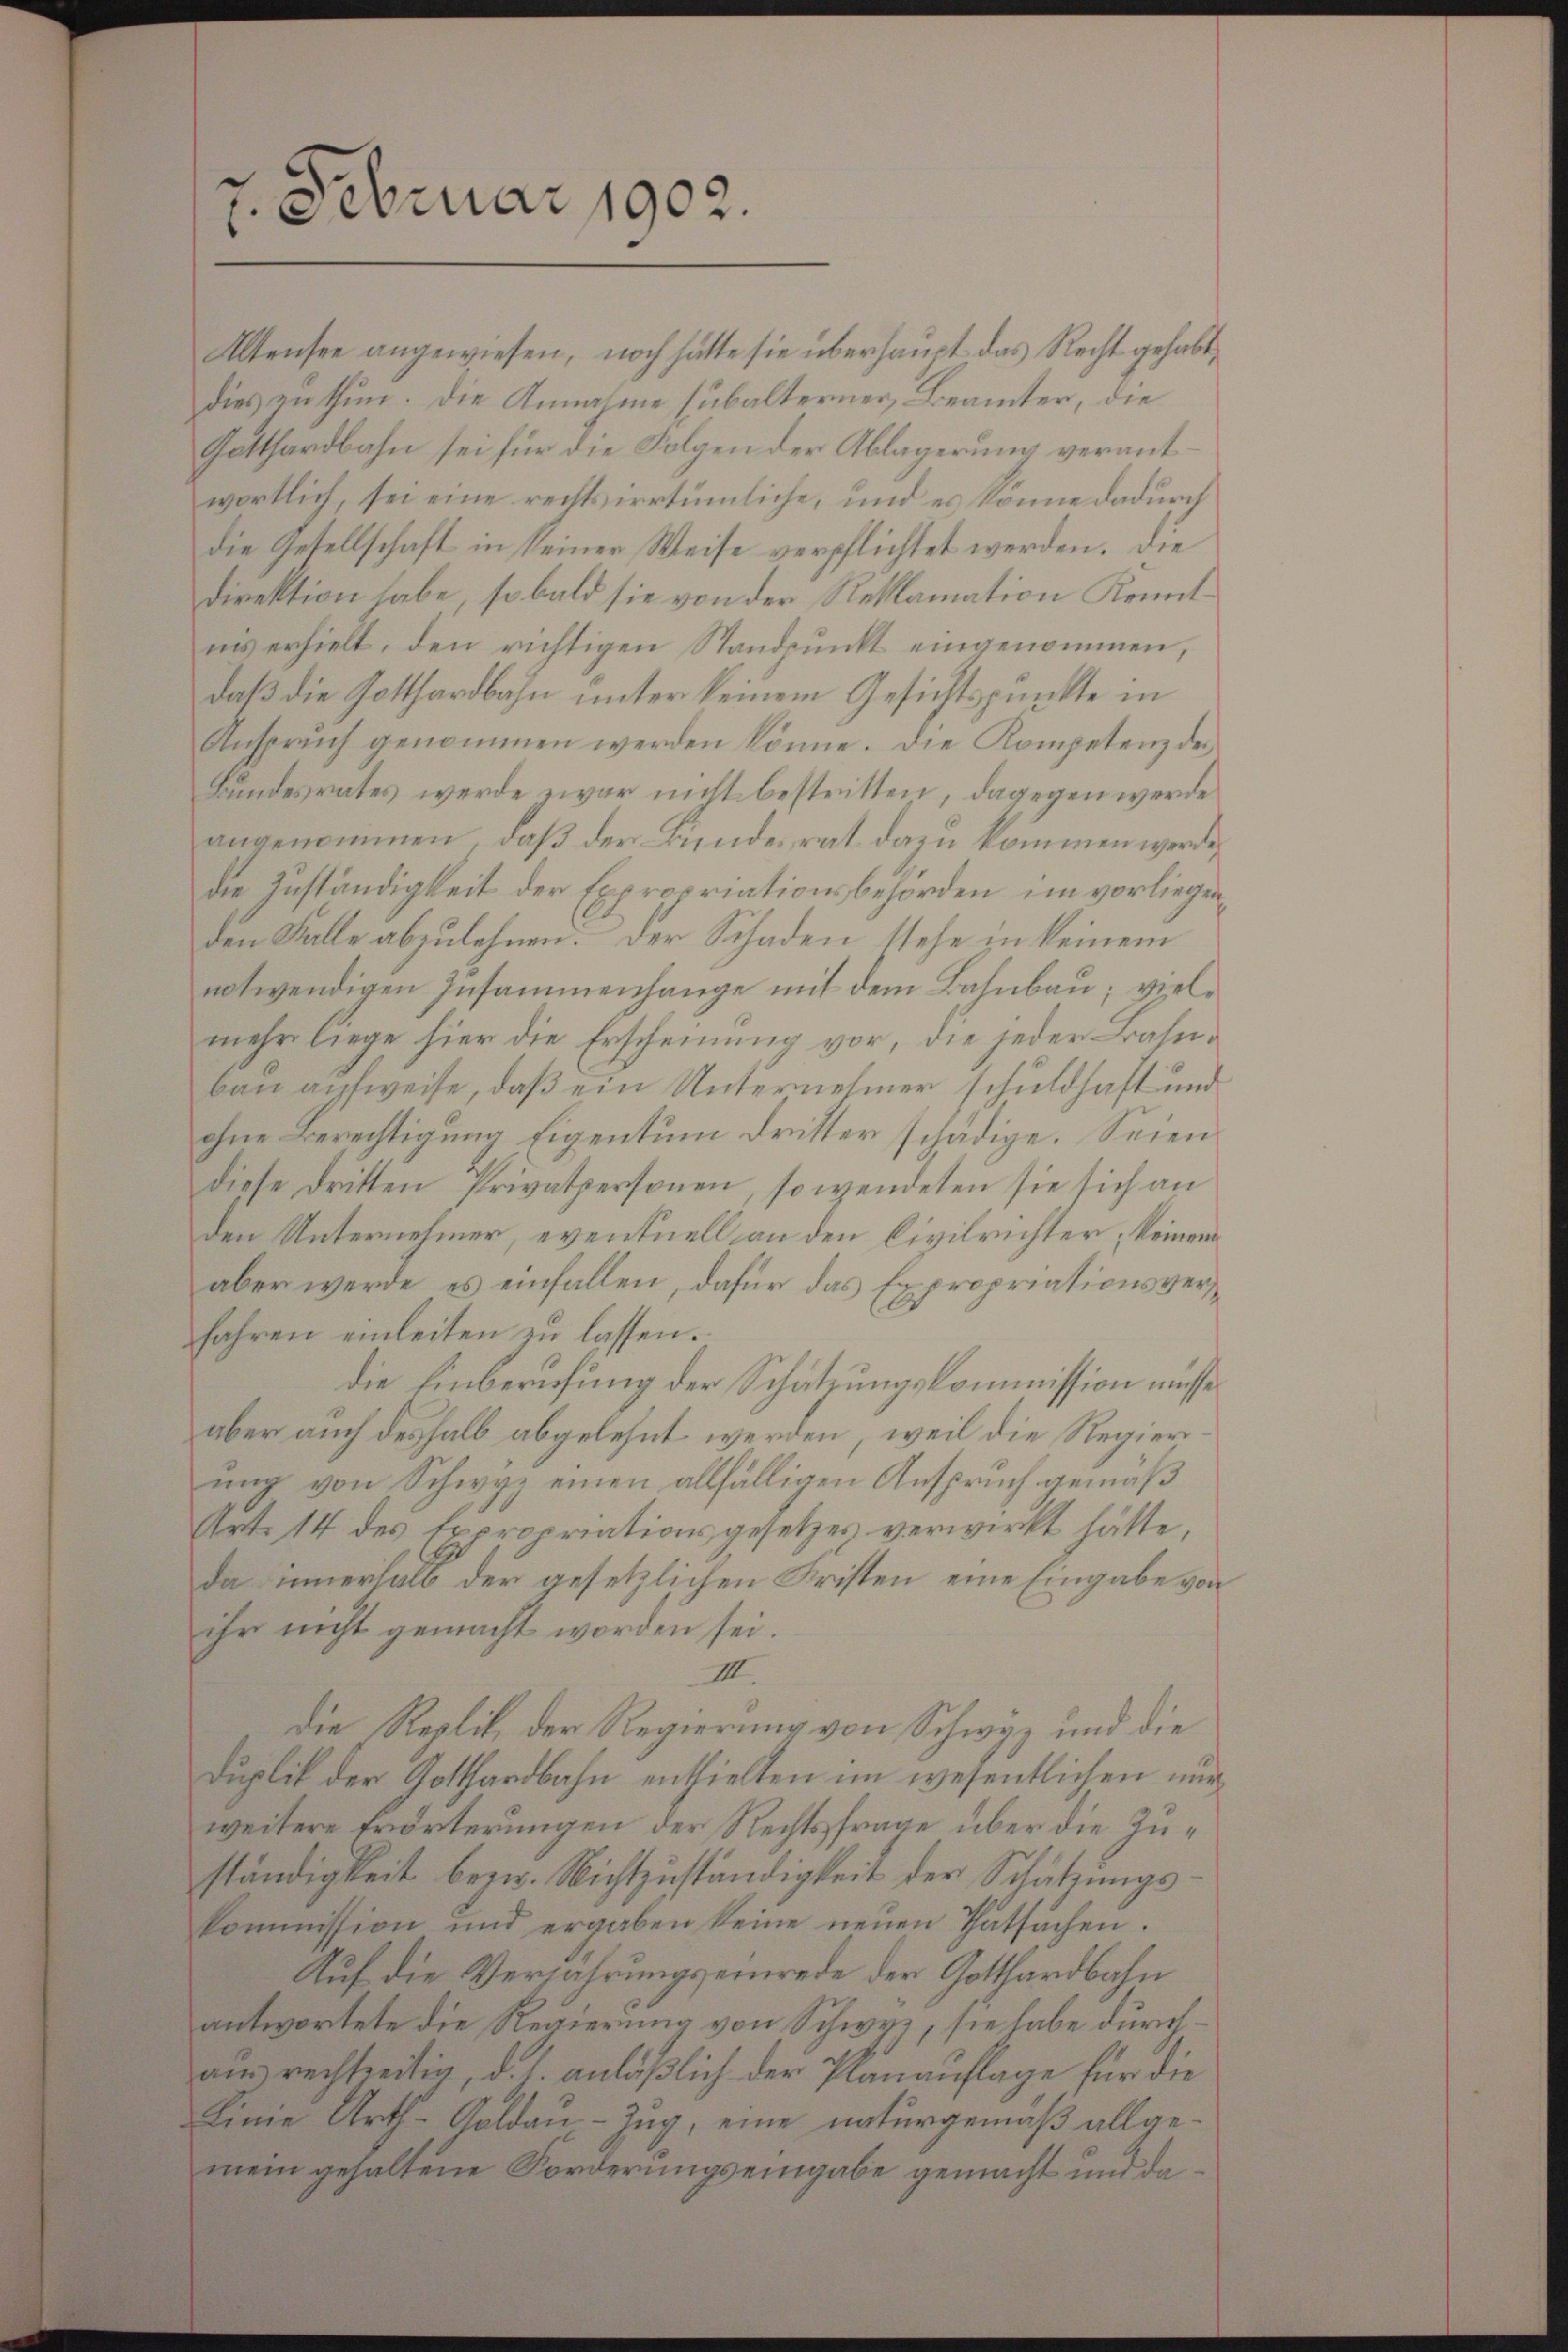
7. Februar 1902.

Gatthardbahn sei für die Folgen der Ablagerung verantwortlich, sei eine rechtsirrtümliche, und es könne dadurch
die Gesellschaft in seiner Weise verpflichtet werden. Die
Direktion habe, so bald sie von der Reklamation Kenntins erhielt, den richtigen Standpunkt eingenommen,
daß die Gotthardbahn unter keinem Gesichtspunkte in
Anspruch genommen werden könne. Die Kompetenz des
Bundesrates werde zwar nicht bestritten, dagegen werde
angenommen, daß der Bunderat dazu kommen werde,
die Zuständigkeit der Expropriationsbehörden im vorliegen
den Falle abzulehnen. Der Schaden stehe in keinem
notwendigen Zusammenhange mit dem Bahnbau; vielmehr liege hier die Erscheinung vor, die jeder Basebau aufweise, daß ein Unternehmer schuldhaft und
ohne Berechtigung Eigentum dritter schädige. Seien
diese dritten Privatpersonen, so wendeten sie sich an
den Unternehmer, eventuell an den Civilrichter, keinem
aber werde, es einfallen, dafür das Expropriationsversfahren einleiten zu lassen.
die Einberufung der Schätzungskommission müsse
aber auch deshalb abgelehnt werden, weil die Regierung von Schwyz einen allfälligen Anspruch gemäß
Art. 14 des Expropriationsgesetzes verwirkt hätte,
Da innerhalb der gesetzlichen Fristen eine Eingabe von
ihr nicht gemacht worden sei.
IIII.
die Replik der Regierung von Schwyz und die
Duplik der Gotthardbahn enthielten im wesentlichen nur
weitere Erörterungen der Rechtsfrage über die Zuständigkeit bezw. Nichtzuständigkeit der Schatzungskommission und ergaben keine neuen Thatsachen.
Auf die Verfahrungseinrede der Gotthardbahn
antwortete die Regierung von Schwyz, sie habe durchaus rechtseitig, d. h. anläßlich der Plananflage für die
Linie Arth-Goldau - Zug, eine naturgemäß allgemein gehaltene Forderungseingabe gemacht und da¬

Altensee angewiesen, noch hätte sie überhaupt das Recht gehabt,
dies enthun. Die Annahme subalterner, Beamter, die